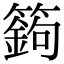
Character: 𥴴